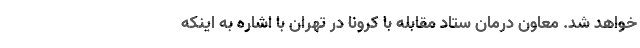
خواهد شد. معاون درمان ستاد مقابله با کرونا در تهران با اشاره به اینکه